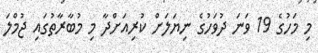
މި މަހުގެ 19 ވަނަ ދުވަހުގެ ނިޔަލަށް ކުރިއަށްދާ މި މުބާރާތުގައި ޖުމްލަ